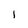
Character: l